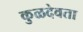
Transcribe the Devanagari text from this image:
कुळदेवता